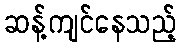
ဆန့်ကျင်နေသည့်